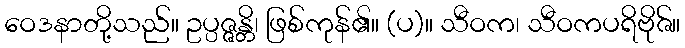
ဝေဒနာတို့သည်။ ဥပ္ပဇ္ဇန္တိ၊ ဖြစ်ကုန်၏။ (ပ)။ သီဝက၊ သီဝကပရိဗိုဇ်။